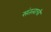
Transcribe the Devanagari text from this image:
संतत्वाची